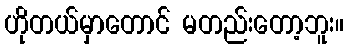
ဟိုတယ်မှာတောင် မတည်းတော့ဘူး။